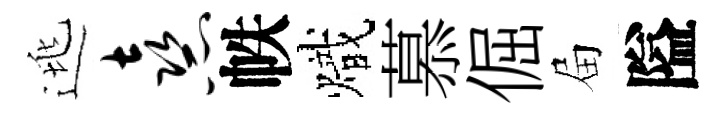
逃熹帙熾慕倔屇隘